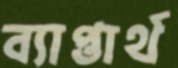
ব্যাপ্তার্থ